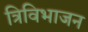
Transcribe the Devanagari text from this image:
त्रिविभाजन